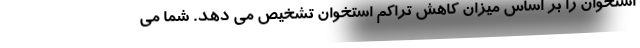
استخوان را بر اساس میزان کاهش تراکم استخوان تشخیص می دهد. شما می